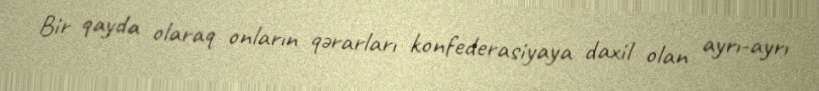
Bir qayda olaraq onların qərarları konfederasiyaya daxil olan ayrı-ayrı